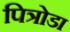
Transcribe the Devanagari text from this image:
पित्रोडा